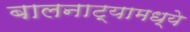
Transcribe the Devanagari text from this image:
बालनाट्यामध्ये